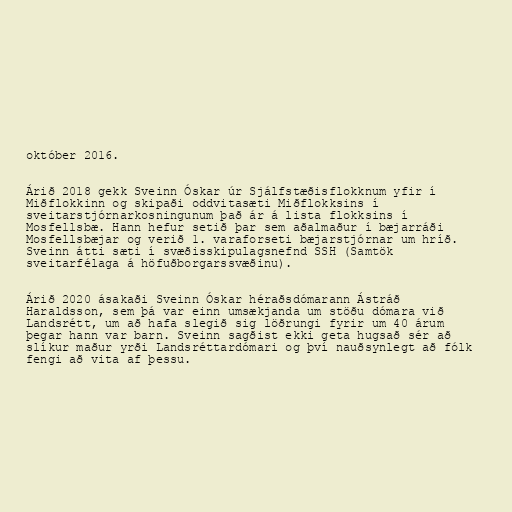
október 2016.

Árið 2018 gekk Sveinn Óskar úr Sjálfstæðisflokknum yfir í
Miðflokkinn og skipaði oddvitasæti Miðflokksins í
sveitarstjórnarkosningunum það ár á lista flokksins í
Mosfellsbæ. Hann hefur setið þar sem aðalmaður í bæjarráði
Mosfellsbæjar og verið 1. varaforseti bæjarstjórnar um hríð.
Sveinn átti sæti í svæðisskipulagsnefnd SSH (Samtök
sveitarfélaga á höfuðborgarssvæðinu).

Árið 2020 ásakaði Sveinn Óskar héraðsdómarann Ástráð
Haraldsson, sem þá var einn umsækjanda um stöðu dómara við
Landsrétt, um að hafa slegið sig löðrungi fyrir um 40 árum
þegar hann var barn. Sveinn sagðist ekki geta hugsað sér að
slíkur maður yrði Landsréttardómari og því nauðsynlegt að fólk
fengi að vita af þessu.